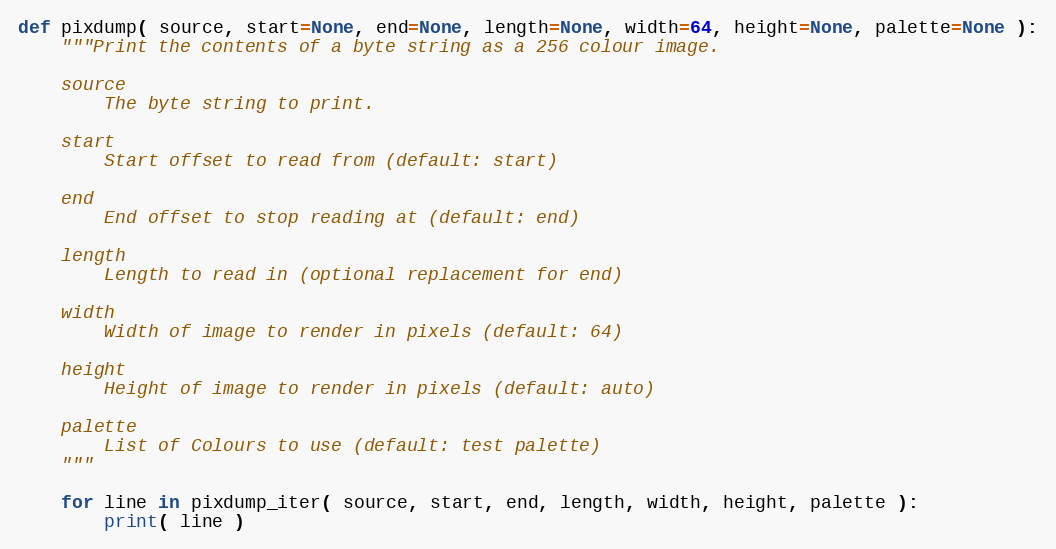
Language: Python
def pixdump( source, start=None, end=None, length=None, width=64, height=None, palette=None ):
    """Print the contents of a byte string as a 256 colour image.

    source
        The byte string to print.

    start
        Start offset to read from (default: start)

    end
        End offset to stop reading at (default: end)

    length
        Length to read in (optional replacement for end)

    width
        Width of image to render in pixels (default: 64)

    height
        Height of image to render in pixels (default: auto)

    palette
        List of Colours to use (default: test palette)
    """

    for line in pixdump_iter( source, start, end, length, width, height, palette ):
        print( line )